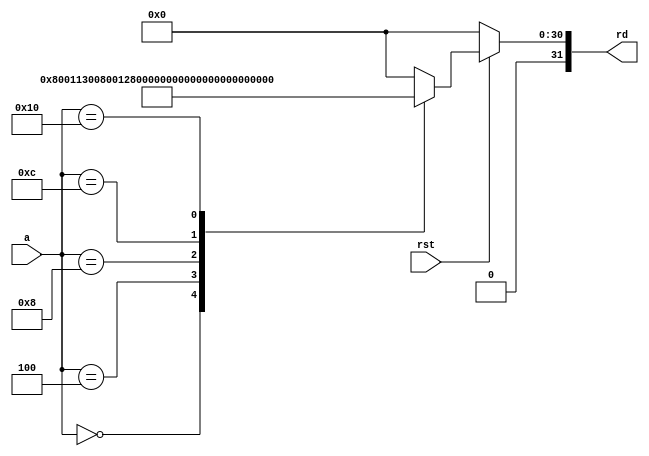
module Instruction_memory(a, rst, rd);

  input [31:0] a;
  input rst;  
  output reg [31:0] rd;
integer i;
  // Internal memory
  reg [31:0] mem[31:0]; // Memory of size 32 with each word of length 32

  always@(*) begin
  rd<=32'h0;
    if (!rst) begin
      for (i=0; i<32; i=i+1) begin
        mem[i] <= 32'd0;
      end
    end else begin
      case (a)
        32'd0: rd <= 32'h00800113;
        32'd4: rd <= 32'h00400093;
        32'd8: rd <= 32'h002081b3;
        32'd12: rd <= 32'h40208233;
        32'd16: rd <= 32'h022082b3;
        
//        32'd0: rd <= 32'h01800493;
//32'd4: rd <= 32'h00600293;
//32'd8: rd <= 32'h00a00393;
//32'd12: rd <= 32'hfe74ae23;
//32'd16: rd <= 32'hffc4a303;
//32'd20: rd <= 32'h00638463;
//32'd24: rd <= 32'h00638133;
//32'd28: rd <= 32'hfe9ff0ef;
        default: rd <= 32'h0;
      endcase
    end
  end

endmodule